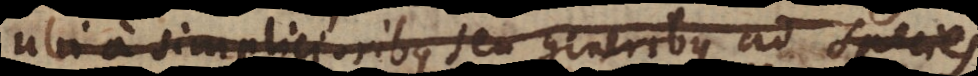
ubi a simplicioribus seu generibus ad species